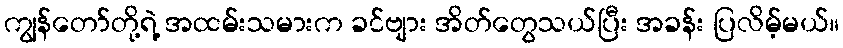
ကျွန်တော်တို့ရဲ့ အထမ်းသမားက ခင်ဗျား အိတ်တွေသယ်ပြီး အခန်း ပြလိမ့်မယ်။